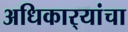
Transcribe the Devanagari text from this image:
अधिकार्‍यांचा